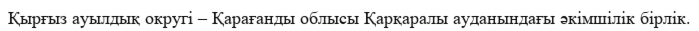
Қырғыз ауылдық округі – Қарағанды облысы Қарқаралы ауданындағы әкімшілік бірлік.